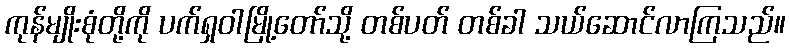
ကုန်မျိုးစုံတို့ကို ပက်ရှဝါမြို့တော်သို့ တစ်ပတ် တစ်ခါ သယ်ဆောင်လာကြသည်။